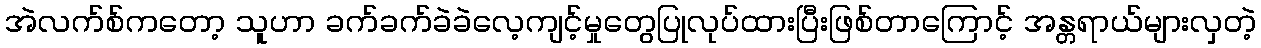
အဲလက်စ်ကတော့ သူဟာ ခက်ခက်ခဲခဲလေ့ကျင့်မှုတွေပြုလုပ်ထားပြီးဖြစ်တာကြောင့် အန္တရာယ်များလှတဲ့